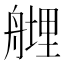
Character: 𱼼